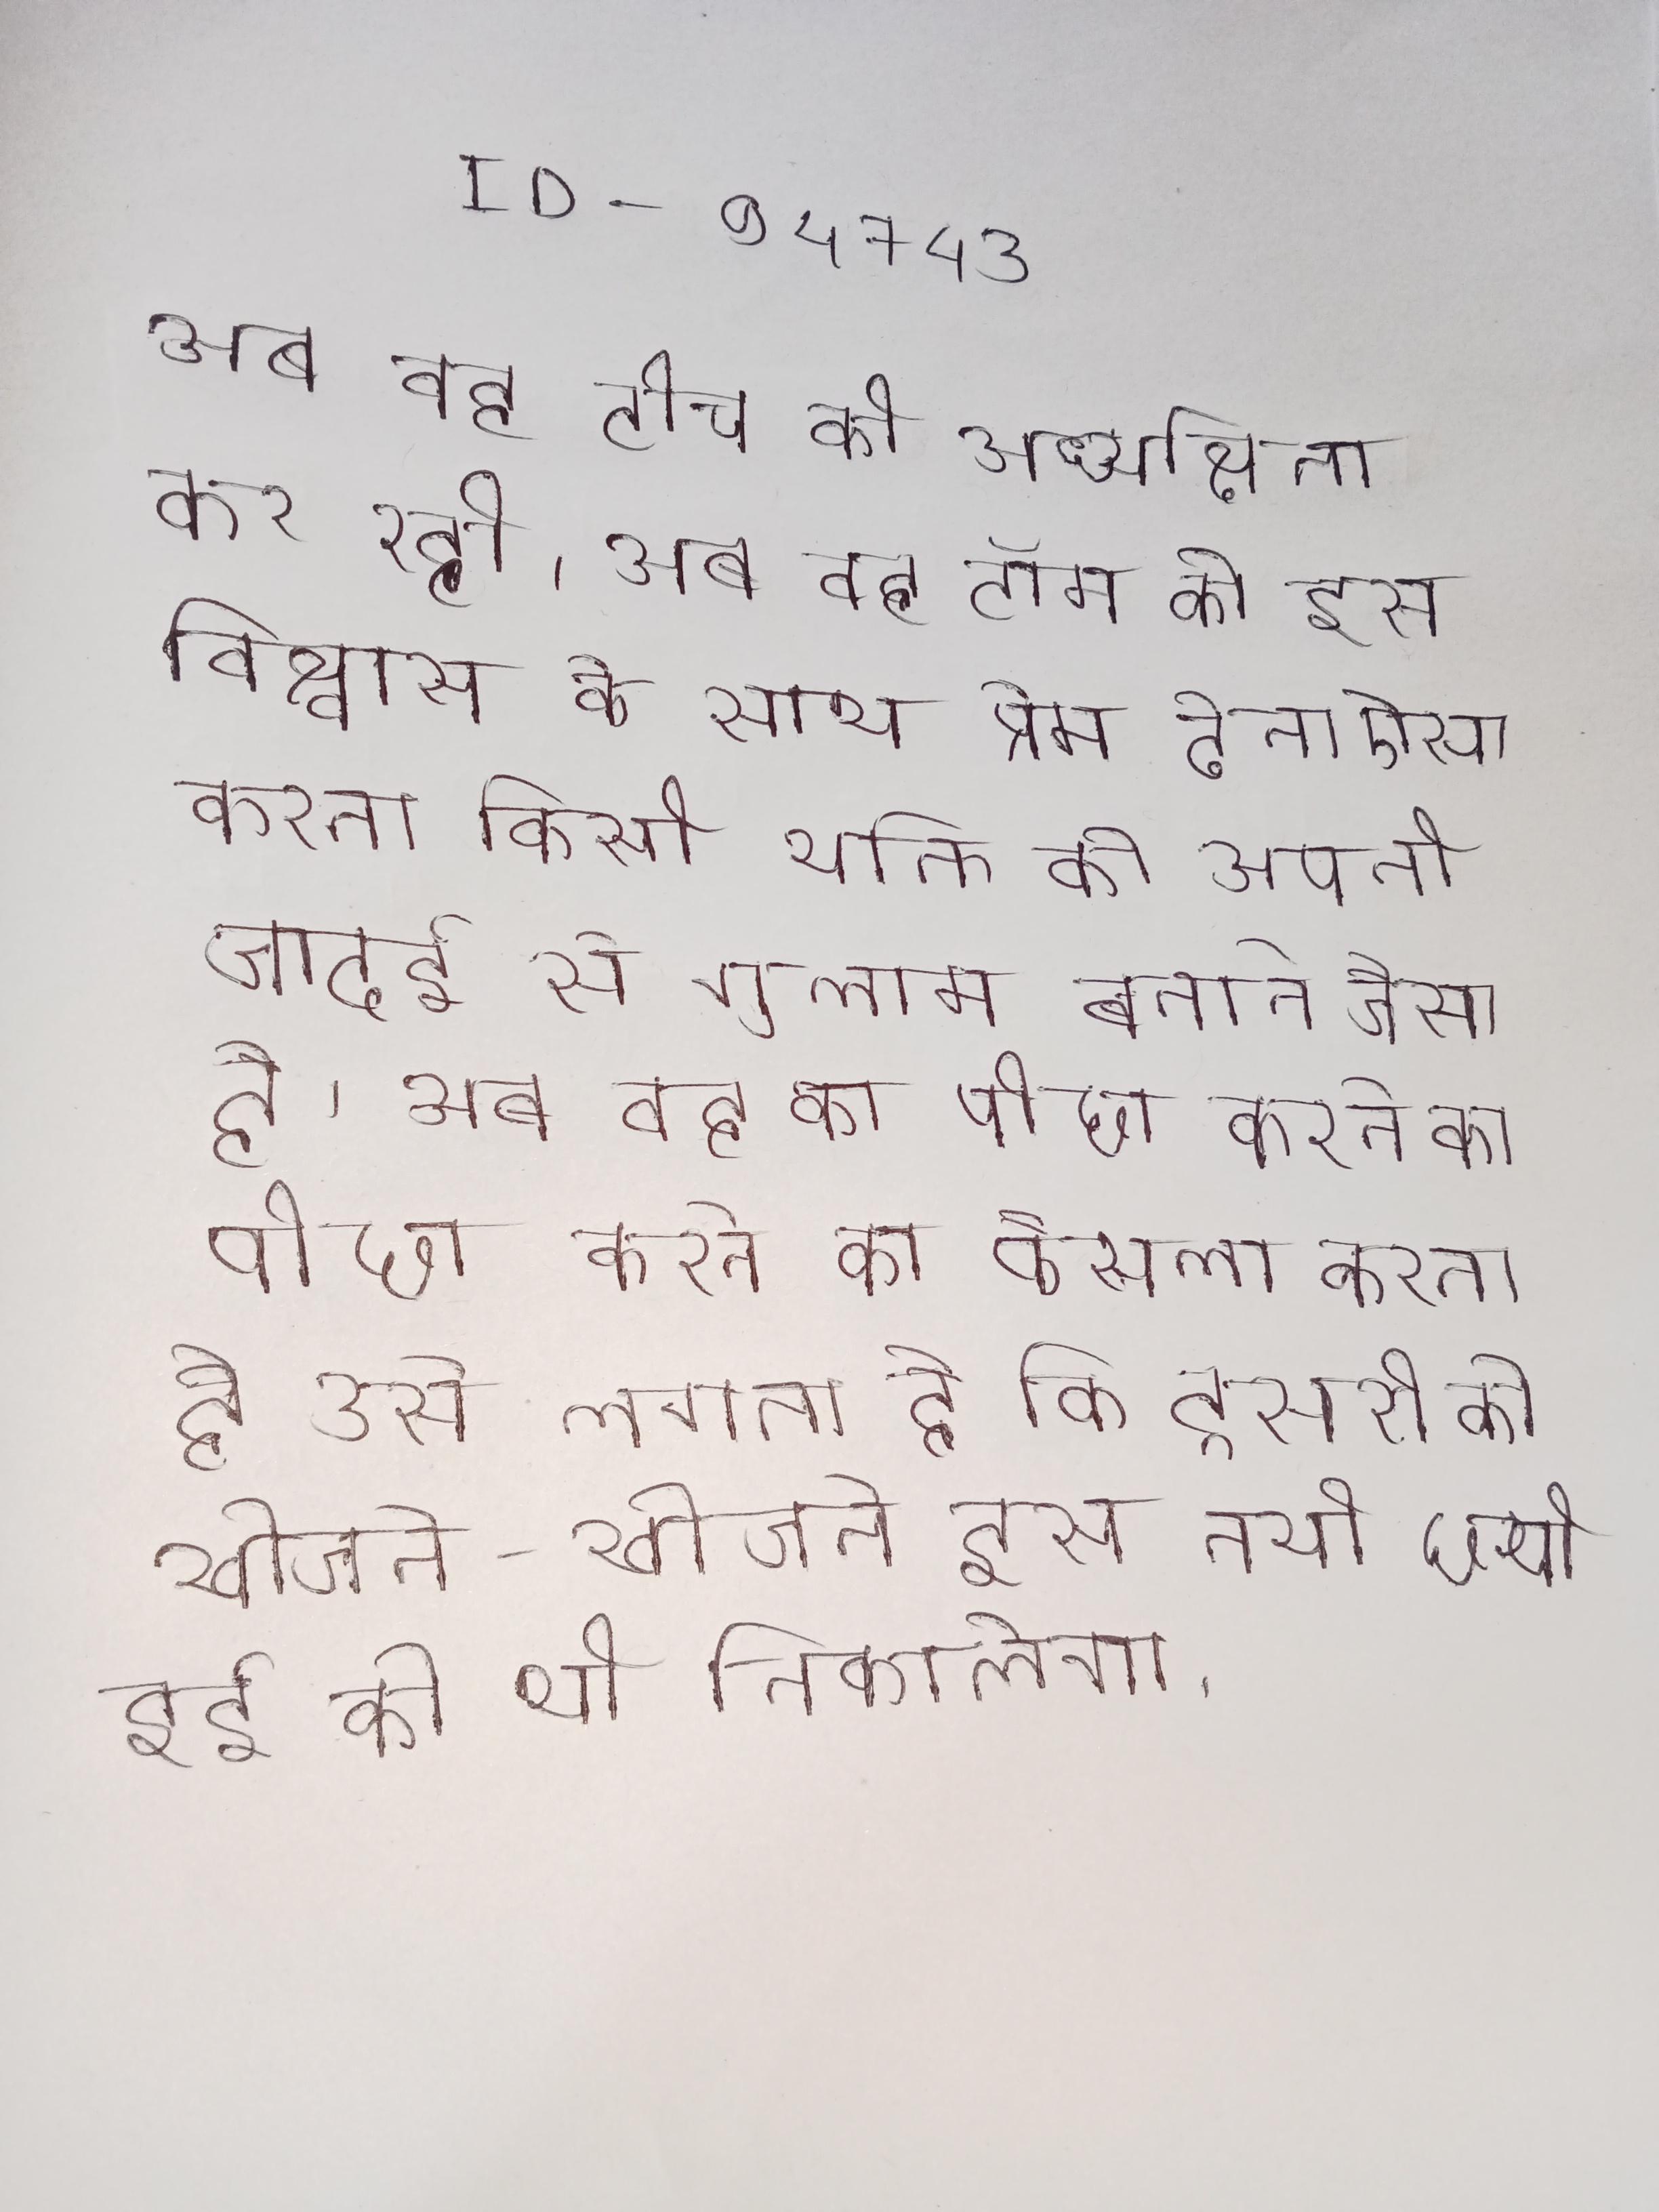
अब वह टीच की अध्यक्षिता कर रही । अब वह टॉम को इस विश्वास के साथ प्रेम देना बन्द कर देती है कि ऐसा करना किसी व्यक्ति को अपनी जादुई से गुलाम बनाने जैसा है । अब वह का पीछा करने का फैसला करता है उसे लगता है कि दूसरी को खोजते-खोजते इस नयी छुपी हुई को भी निकालेगा ।